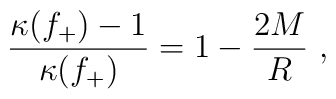
\frac{\kappa(f_+)-1}{\kappa(f_+)} = 1 - \frac{2M}{R}\ ,